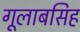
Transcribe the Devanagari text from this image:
गूलाबसिह